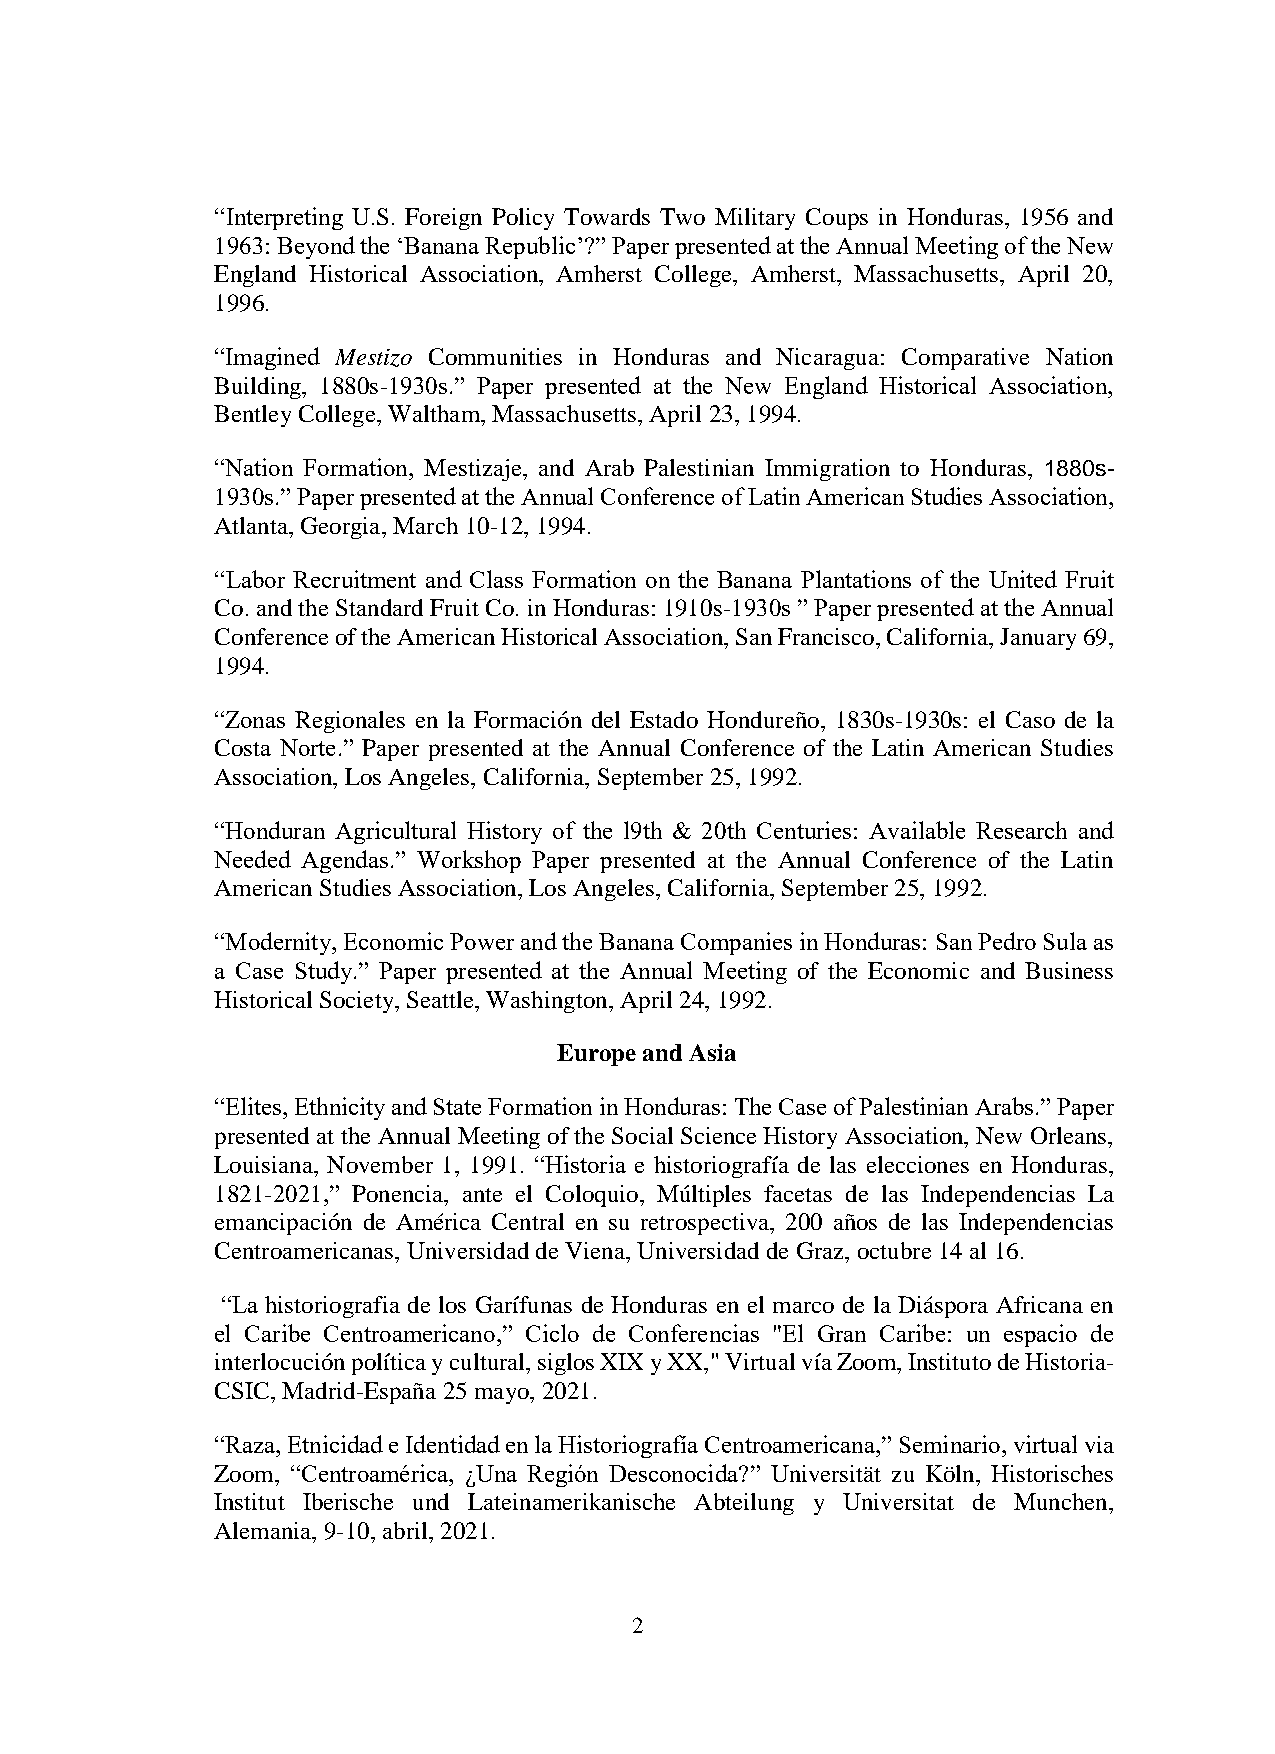
“Interpreting U.S. Foreign Policy Towards Two Military Coups in Honduras, 1956 and
 1963: Beyond the ‘Banana Republic’?” Paper presented at the Annual Meeting of the New
 England Historical Association, Amherst College, Amherst, Massachusetts, April 20,
 1996.
 “Imagined Mestizo Communities in Honduras and Nicaragua: Comparative Nation
 Building, 1880s-1930s.” Paper presented at the New England Historical Association,
 Bentley College, Waltham, Massachusetts, April 23, 1994.
 “Nation Formation, Mestizaje, and Arab Palestinian Immigration to Honduras, 1880s-
 1930s.” Paper presented at the Annual Conference of Latin American Studies Association,
 Atlanta, Georgia, March 10-12, 1994.
 “Labor Recruitment and Class Formation on the Banana Plantations of the United Fruit
 Co. and the Standard Fruit Co. in Honduras: 1910s-1930s ” Paper presented at the Annual
 Conference of the American Historical Association, San Francisco, California, January 69,
 1994.
 “Zonas Regionales en la Formación del Estado Hondureño, 1830s-1930s: el Caso de la
 Costa Norte.” Paper presented at the Annual Conference of the Latin American Studies
 Association, Los Angeles, California, September 25, 1992.
 “Honduran Agricultural History of the l9th & 20th Centuries: Available Research and
 Needed Agendas.” Workshop Paper presented at the Annual Conference of the Latin
 American Studies Association, Los Angeles, California, September 25, 1992.
 “Modernity, Economic Power and the Banana Companies in Honduras: San Pedro Sula as
 a Case Study.” Paper presented at the Annual Meeting of the Economic and Business
 Historical Society, Seattle, Washington, April 24, 1992.
 Europe and Asia
 “Elites, Ethnicity and State Formation in Honduras: The Case of Palestinian Arabs.” Paper
 presented at the Annual Meeting of the Social Science History Association, New Orleans,
 Louisiana, November 1, 1991. “Historia e historiografía de las elecciones en Honduras,
 1821-2021,” Ponencia, ante el Coloquio, Múltiples facetas de las Independencias La
 emancipación de América Central en su retrospectiva, 200 años de las Independencias
 Centroamericanas, Universidad de Viena, Universidad de Graz, octubre 14 al 16.
 “La historiografia de los Garífunas de Honduras en el marco de la Diáspora Africana en
 el Caribe Centroamericano,” Ciclo de Conferencias "El Gran Caribe: un espacio de
 interlocución política y cultural, siglos XIX y XX," Virtual vía Zoom, Instituto de Historia-
 CSIC, Madrid-España 25 mayo, 2021.
 “Raza, Etnicidad e Identidad en la Historiografía Centroamericana,” Seminario, virtual via
 Zoom, “Centroamérica, ¿Una Región Desconocida?” Universität zu Köln, Historisches
 Institut Iberische und Lateinamerikanische Abteilung y Universitat de Munchen,
 Alemania, 9-10, abril, 2021.
 2